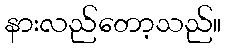
နားလည်တော့သည်။